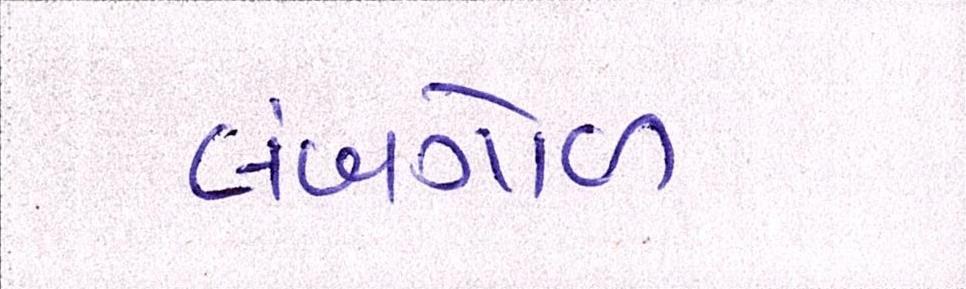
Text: લંબગોળ